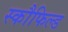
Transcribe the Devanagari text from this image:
स्कौफिल्ड